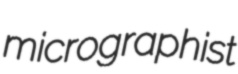
micrographist